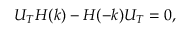
{ U _ { T } H ( k ) - H ( - k ) U _ { T } = 0 , }